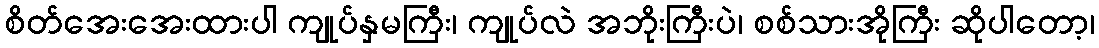
စိတ်အေးအေးထားပါ ကျုပ်နှမကြီး၊ ကျုပ်လဲ အဘိုးကြီးပဲ၊ စစ်သားအိုကြီး ဆိုပါတော့၊